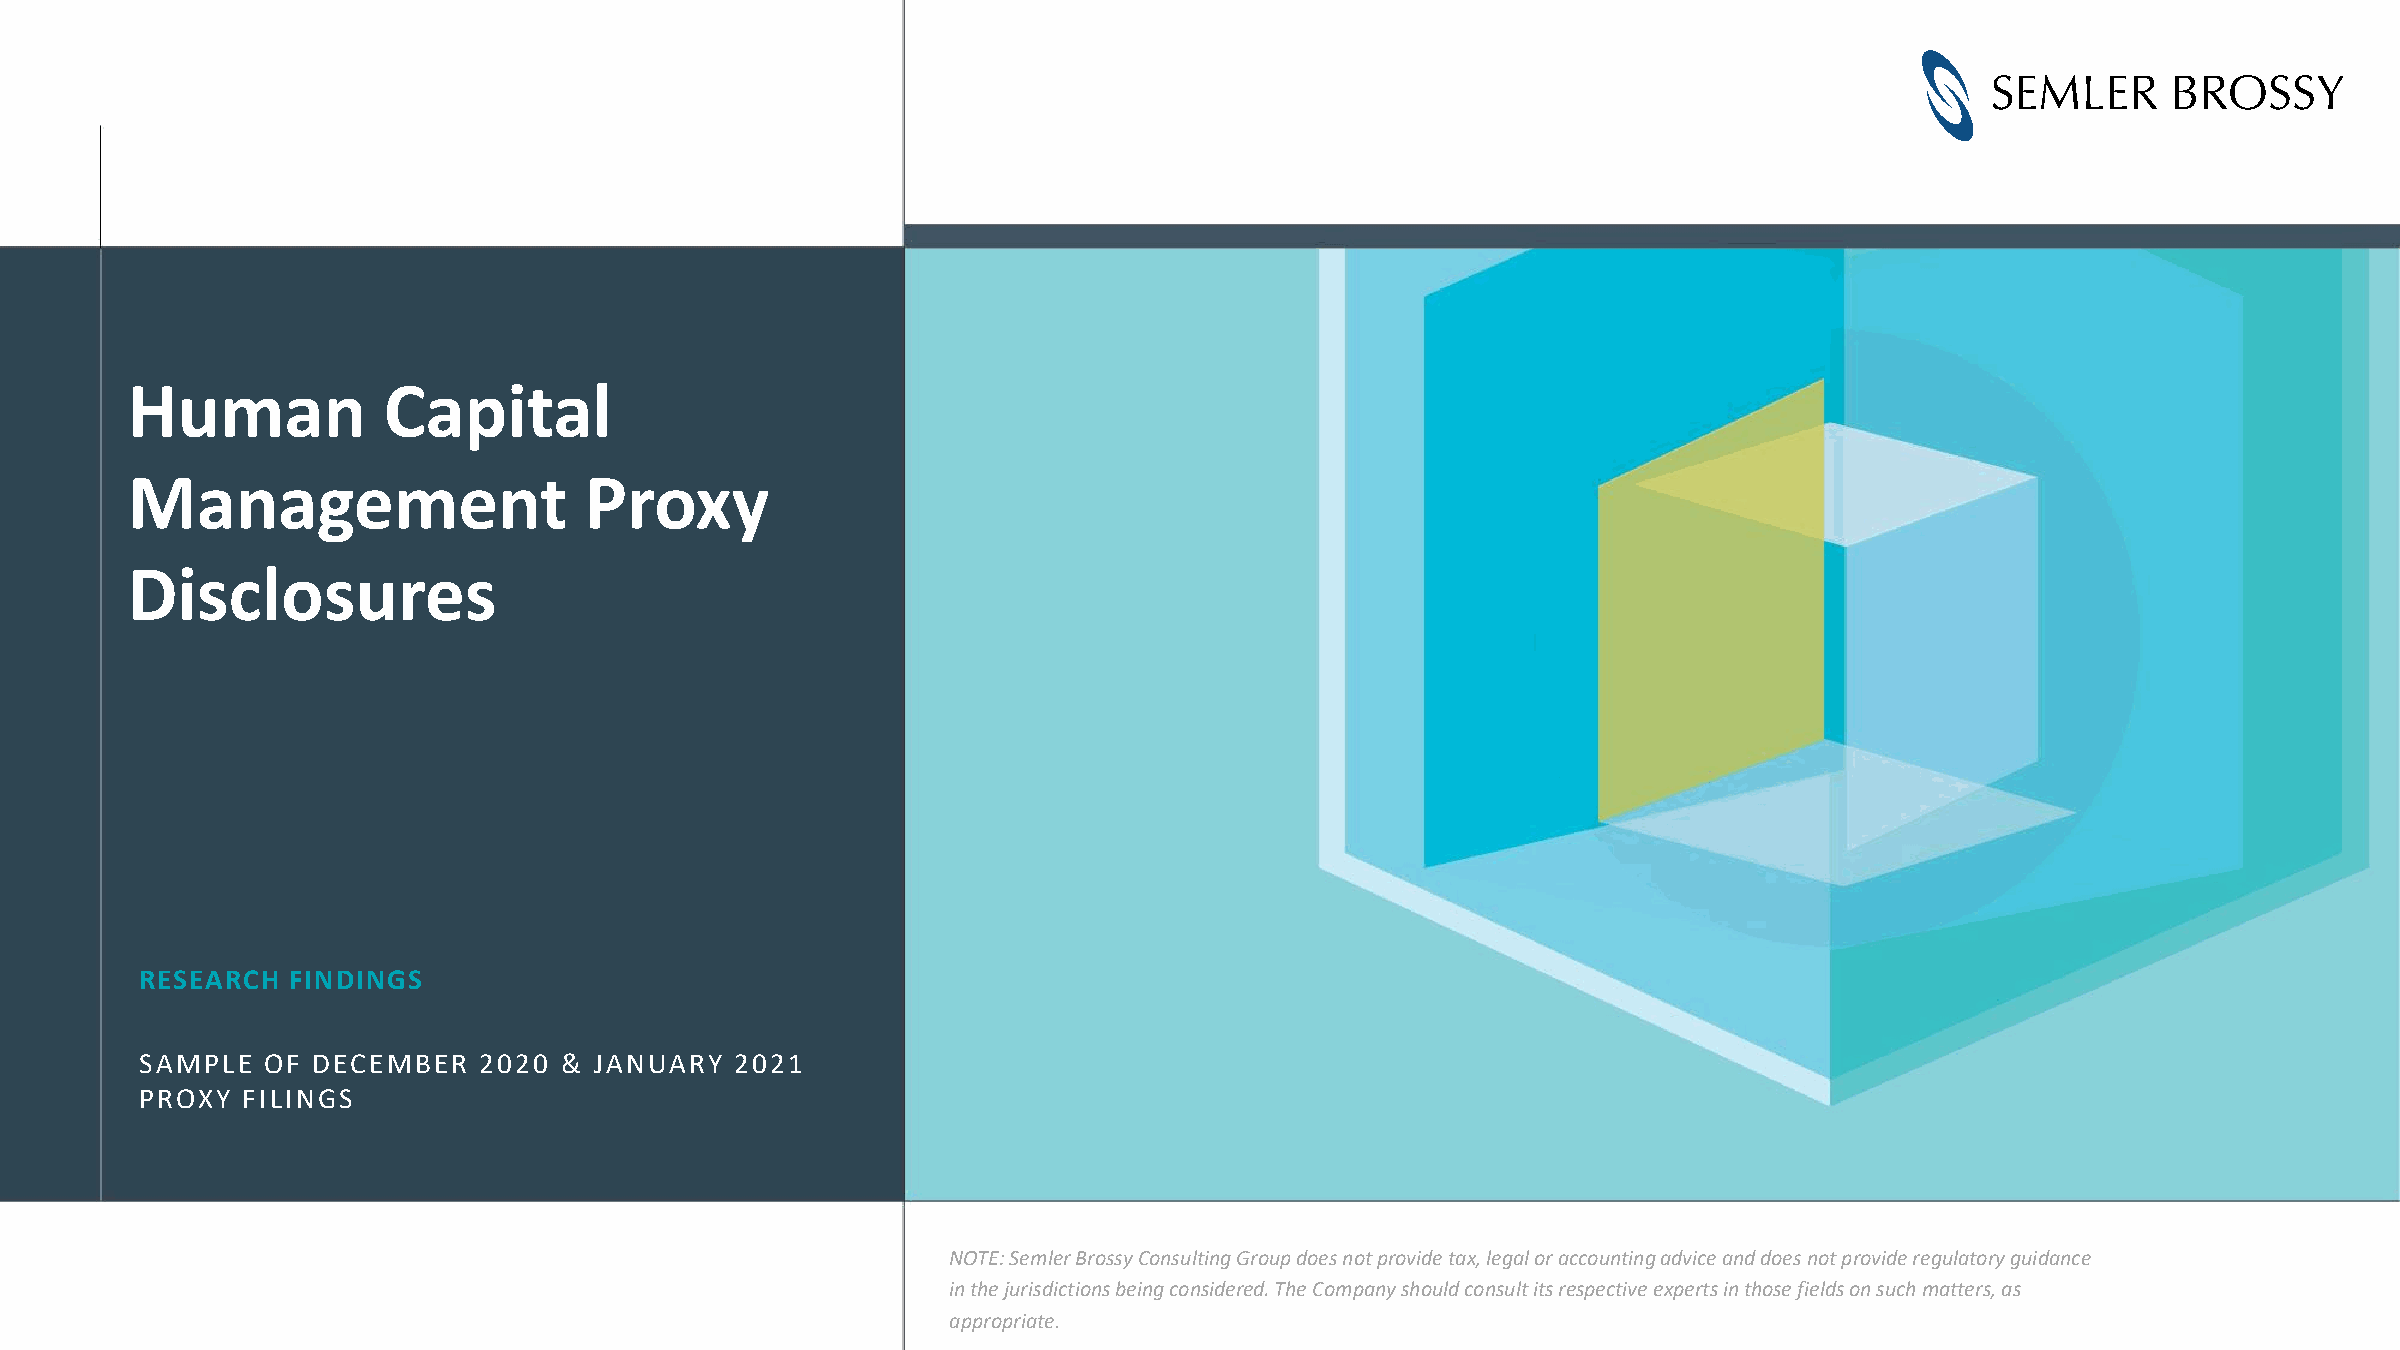
Human            Capital
 Management                     Proxy
 Disclosures
 RESEARCH  FINDINGS
 SAMPLE  OF  DECEMBER   2020 & JANUARY   2021
 PROXY  FILINGS
 NOTE: Semler Brossy Consulting Group does not provide tax, legal or accounting advice and does not provide regulatory guidance
 in the jurisdictions being considered. The Company should consult its respective experts in those fields on such matters, as
 appropriate.